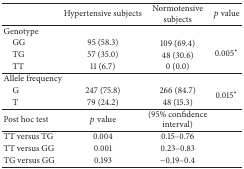
|  | Hypertensive subjects | Normotensive subjects | p value |
 | --- | --- | --- | --- |
 | Genotype |  |  |  |
 | GG | 95 (58.3) | 109 (69.4) | <ROWSPAN=3> 0.005∗ |
 | TG | 57 (35.0) | 48 (30.6) |
 | TT | 11 (6.7) | 0 (0.0) |
 | Allele frequency |  |  |  |
 | G | 247 (75.8) | 266 (84.7) | <ROWSPAN=2> 0.015∗ |
 | T | 79 (24.2) | 48 (15.3) |
 | Post hoc test | p value | (95% confidence interval) |  |
 | TT versus TG | 0.004 | 0.15–0.76 |  |
 | TT versus GG | 0.001 | 0.23–0.83 |  |
 | TG versus GG | 0.193 | −0.19–0.4 |  |